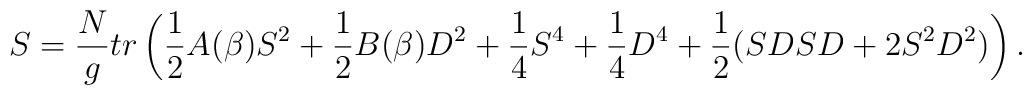
S = {N \over g} tr \left( {1 \over 2  } A(\beta) S^2  + { 1 \over 2 }B (\beta)  D^2 + {1 \over4 } S^4 + {1\over 4 } D^4 + {1 \over 2 } ( S D S D + 2 S^2 D^2 ) \right).